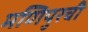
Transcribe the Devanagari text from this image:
मणिपुरची